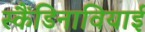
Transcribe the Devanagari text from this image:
स्कैंडिनावियाई